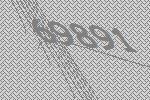
69891